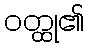
ဝတ္ထု၏